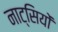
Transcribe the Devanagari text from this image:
नाट्सियों